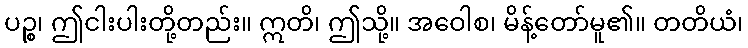
ပဉ္စ၊ ဤငါးပါးတို့တည်း။ ဣတိ၊ ဤသို့။ အဝေါစ၊ မိန့်တော်မူ၏။ တတိယံ၊